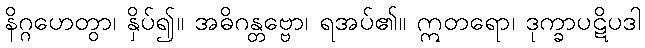
နိဂ္ဂဟေတွာ၊ နှိပ်၍။ အဓိဂန္တဗ္ဗော၊ ရအပ်၏။ ဣတရော၊ ဒုက္ခာပဋိပဒါ